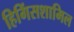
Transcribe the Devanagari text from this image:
हिगिंसशामिल